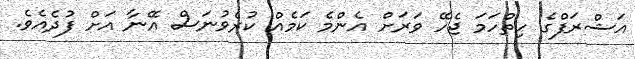
އަޝްރަފްގެ ހިތްހަމަ ޖެހޭ ވަރަށް އެންމެ ކަމެއް ކުރެވުނަސް އޭނާ އަށް ފުދެއެވެ.